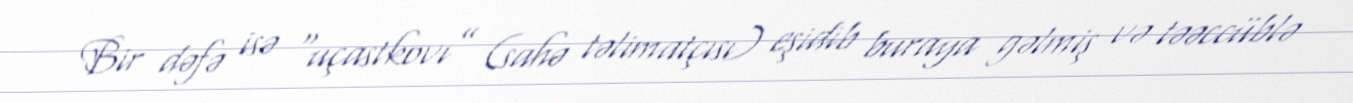
Bir dəfə isə “uçastkovı” (sahə təlimatçısı) eşidib buraya gəlmiş və təəccüblə